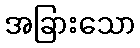
အခြားသော